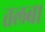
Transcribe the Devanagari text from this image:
तलबा